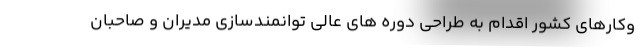
وکارهای کشور اقدام به طراحی دوره های عالی توانمندسازی مدیران و صاحبان